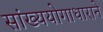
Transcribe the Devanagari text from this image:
सांख्ययोगाधाराने